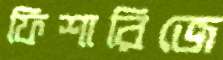
ফিশারিজে